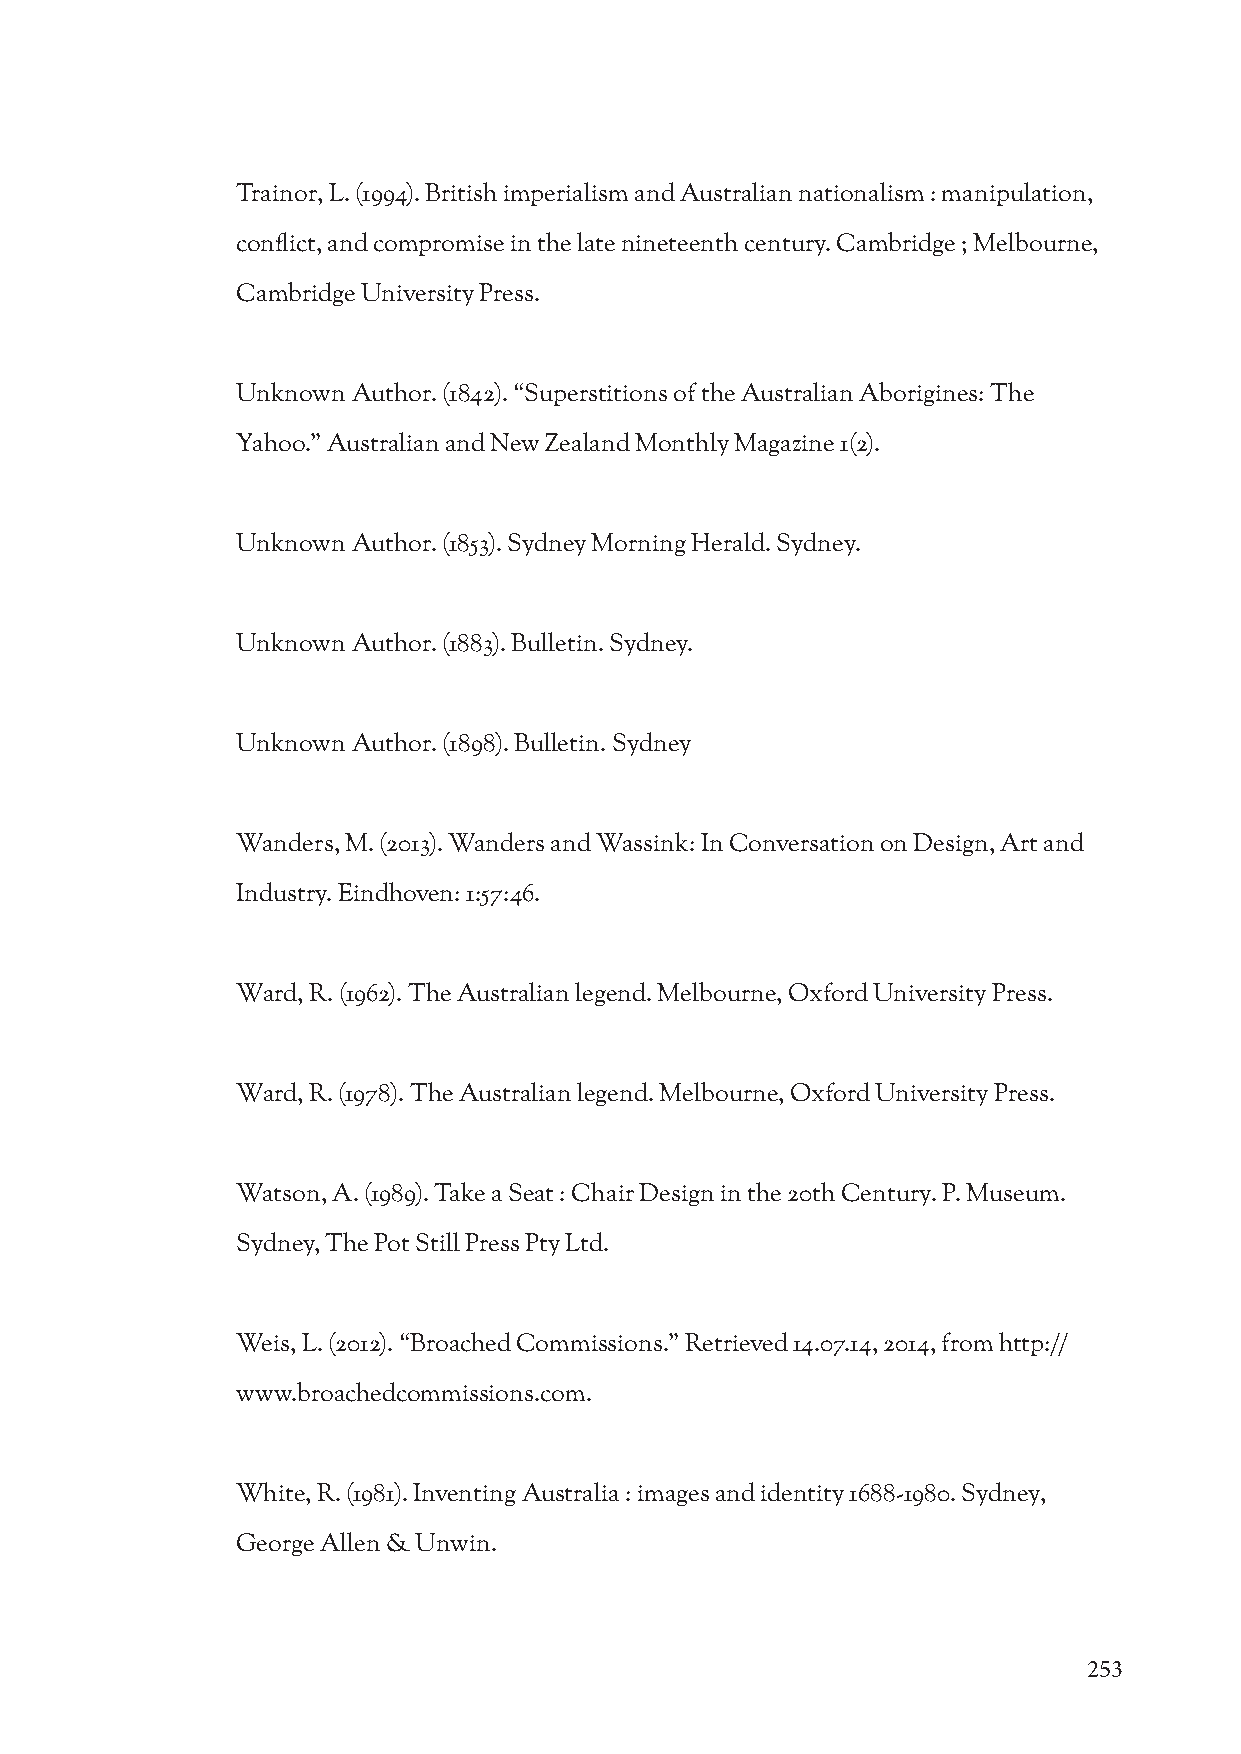
Trainor, L. (1994). British imperialism and Australian nationalism : manipulation,
 conflict, and compromise in the late nineteenth century. Cambridge ; Melbourne,
 Cambridge University Press.
 Unknown Author. (1842). “Superstitions of the Australian Aborigines: The
 Yahoo.” Australian and New Zealand Monthly Magazine 1(2).
 Unknown Author. (1853). Sydney Morning Herald. Sydney.
 Unknown Author. (1883). Bulletin. Sydney.
 Unknown Author. (1898). Bulletin. Sydney
 Wanders, M. (2013). Wanders and Wassink: In Conversation on Design, Art and
 Industry. Eindhoven: 1:57:46.
 Ward, R. (1962). The Australian legend. Melbourne, Oxford University Press.
 Ward, R. (1978). The Australian legend. Melbourne, Oxford University Press.
 Watson, A. (1989). Take a Seat : Chair Design in the 20th Century. P. Museum.
 Sydney, The Pot Still Press Pty Ltd.
 Weis, L. (2012). “Broached Commissions.” Retrieved 14.07.14, 2014, from http://
 www.broachedcommissions.com.
 White, R. (1981). Inventing Australia : images and identity 1688-1980. Sydney,
 George Allen & Unwin.
 253